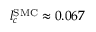
l _ { c } ^ { \mathrm { S M C } } \approx 0 . 0 6 7